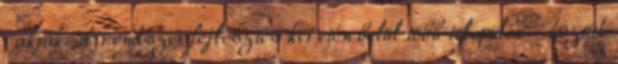
rakják. A rendszerfejlesztés keretén belül több település - köztük